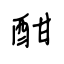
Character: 酣